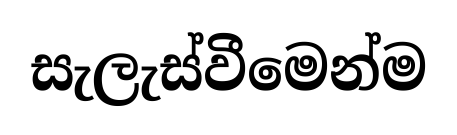
සැලැස්වීමෙන්ම